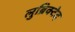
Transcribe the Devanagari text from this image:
लुब्रिक्टेद